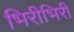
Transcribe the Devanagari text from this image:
भिरीभिरी